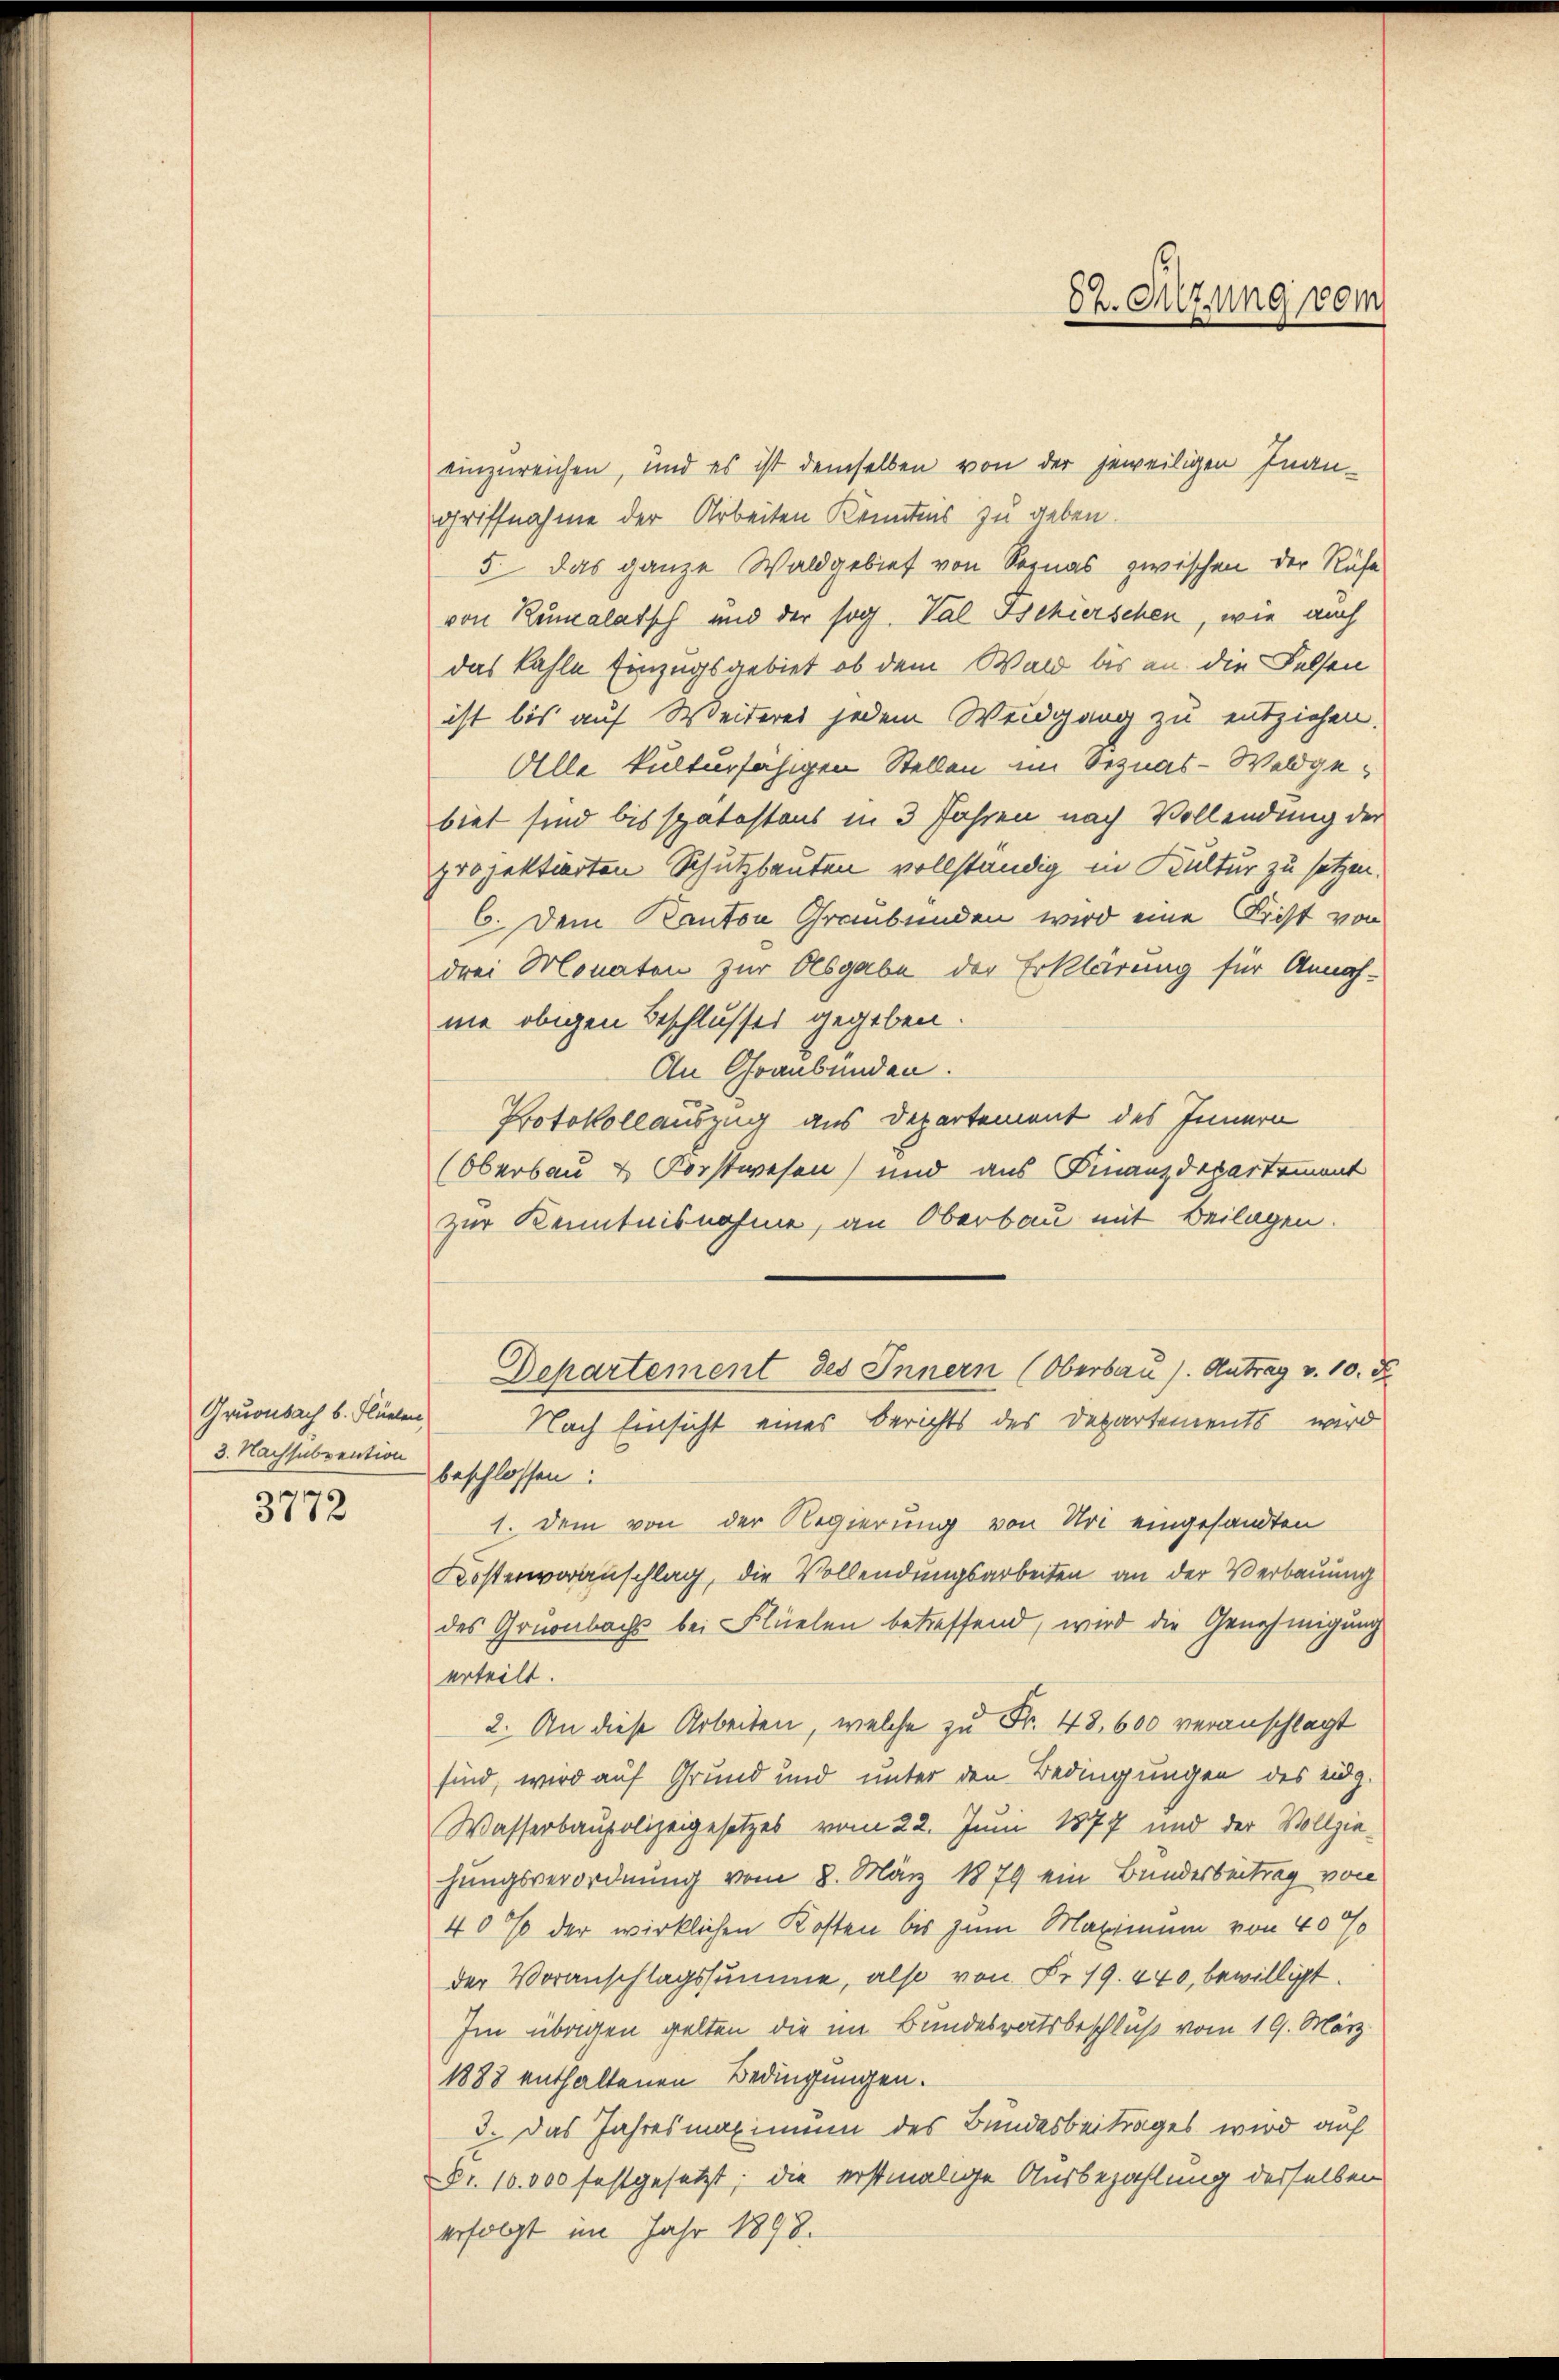
3. Nachsubvention
3772

einzureichen, und es ist demselben von der jeweiligen Inan-
griffnahme der Arbeiten Kenntnis zu geben.
5 das ganze Waldgebiet von Senas zwischen der Ruhe
von Rumalatsch und der sog. Val Tschierschen, wie auch
das kahle Einzugsgebiet, ob dem Wald bis an die Felsen
ist bis auf Weideres jedem Weidgang zu entziehen.
Alle kulturfähigen Stellen im Seznas-Waldgebiet sind bis spätestaus in 3 Jahren nach Vollendung der
projektierten Schutzbauten vollständig in Kultur zu setzen.
6. Dem Kanton Graubünden wird eine Frist von
drei Monaten zur Abgabe der Erklärung für Annah-
ne obigen Beschlusses gegeben.
An Graubünden.
Protokollauszug aus Departement des Innern
Obersau & Forstwesen) und aus Finanzdepartement
zur Kenntnisnahme, an Oberbau mit Beilagen.
Departement des Innern (Oberbau s. Antrag v. 10. d.
Gruonbach u. Flüerten Nach Einsicht eines Berichts des Departements wird
beschlossen:
1. Dem von der Regierung von Uri eingesandten
Kostenvoranschlag, die Vollendungsarbeiten an der Verbauung
des Gruenbachs bei Flüelen betreffend, wird die Genehmigung
erteilt.
2. An diese Arbeiten, welche zu Fr. 48,600 veranschlagt
sind, wird auf Grund und unter den Bedingungen des eidg.
Wasserbaupolizeigesetzes vom 22. Juni 1877 und der Vollziehungsverordnung vom 8. März 1879 ein Bundesbeitrag von
40% der wirklichen Kosten bis zum Maximum von 40%
der Voranschlagssumme, also von Fr. 19. 440, bewilligt.
Im übrigen gelten die im Bundesratsbeschluß vom 19. März
1888 enthaltenen Bedingungen.
3. Das Jahresmaximum des Bundesbeitrages wird auf
Dr. 10.000 festgesetzt; die erstmalige Ausbezahlung derselben
erfolgt im Jahr 1898.

82. Setzung vom